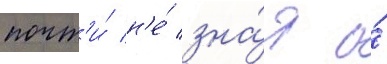
почт'и́ н'е́ зна́я о́